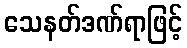
သေနတ်ဒဏ်ရာဖြင့်